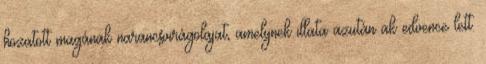
hozatott magának narancsvirágolajat, amelynek illata azután ak edvence lett.